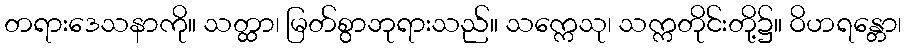
တရားဒေသနာကို။ သတ္ထာ၊ မြတ်စွာဘုရားသည်။ သက္ကေသု၊ သက္ကတိုင်းတို့၌။ ဝိဟရန္တော၊